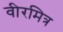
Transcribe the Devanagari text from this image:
वीरमित्र